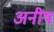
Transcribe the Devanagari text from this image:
अनीष